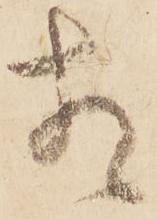
相